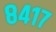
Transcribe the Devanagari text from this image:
८४१७